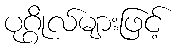
ပုဂ္ဂိုလ်များဖြင့်